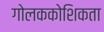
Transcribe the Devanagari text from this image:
गोलककोशिकता